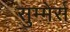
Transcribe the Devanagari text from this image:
सुम्मेर्स